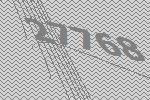
27768